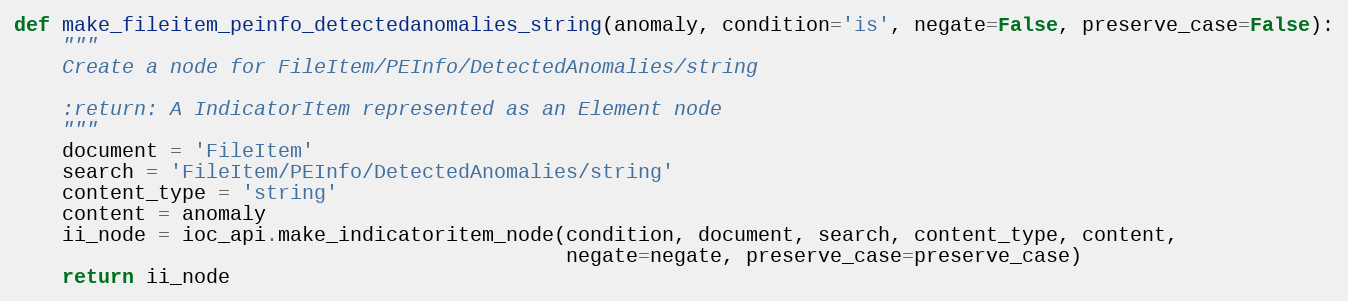
Language: Python
def make_fileitem_peinfo_detectedanomalies_string(anomaly, condition='is', negate=False, preserve_case=False):
    """
    Create a node for FileItem/PEInfo/DetectedAnomalies/string

    :return: A IndicatorItem represented as an Element node
    """
    document = 'FileItem'
    search = 'FileItem/PEInfo/DetectedAnomalies/string'
    content_type = 'string'
    content = anomaly
    ii_node = ioc_api.make_indicatoritem_node(condition, document, search, content_type, content,
                                              negate=negate, preserve_case=preserve_case)
    return ii_node